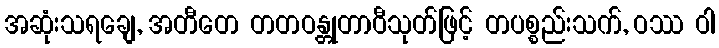
အဆုံးသရချေ, အတီတေ တတဝန္တုတာဝီသုတ်ဖြင့် တပစ္စည်းသက်, ဝဿ ဝါ